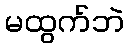
မထွက်ဘဲ